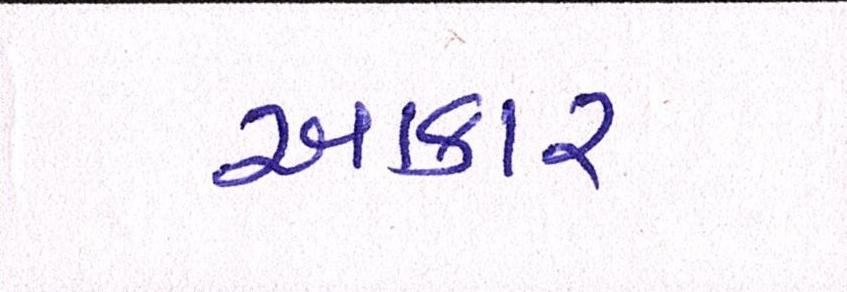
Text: આકાર